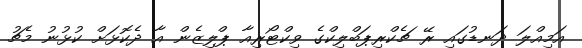
އަމިއްލަ ދަނޑުގައި ރޭ ޗެކްރިޕަބްލިކްގެ ވިކްޓޯރިއާ ޕްލިޒެން އާ ދެކޮޅަށް ކުޅުނު މެޗު